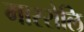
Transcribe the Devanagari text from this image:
माररोलि